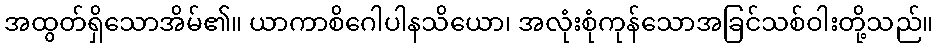
အထွတ်ရှိသောအိမ်၏။ ယာကာစိဂေါပါနသိယော၊ အလုံးစုံကုန်သောအခြင်သစ်ဝါးတို့သည်။